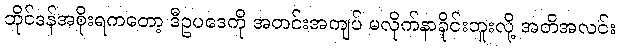
ဘိုင်ဒန်အစိုးရကတော့ ဒီဥပဒေကို အတင်းအကျပ် မလိုက်နာခိုင်းဘူးလို့ အတိအလင်း